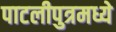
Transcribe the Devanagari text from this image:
पाटलीपुत्रमध्ये